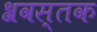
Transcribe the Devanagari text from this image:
श्रवस्तक